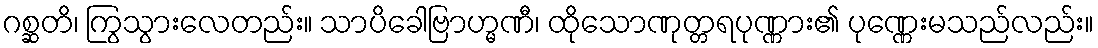
ဂစ္ဆတိ၊ ကြွသွားလေတည်း။ သာပိခေါဗြာဟ္မဏီ၊ ထိုသောဏုတ္တရပုဏ္ဏား၏ ပုဏ္ဏေးမသည်လည်း။